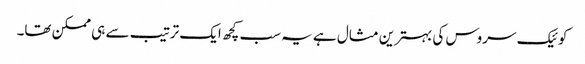
کوئیک سروس کی بہترین مثال ہے یہ سب کچھ ایک ترتیب سے ہی ممکن تھا۔